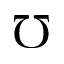
\mho